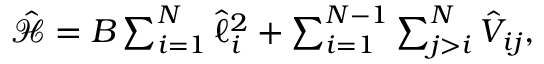
\begin{array} { r } { \hat { \mathcal { H } } = B \sum _ { i = 1 } ^ { N } \hat { \ell } _ { i } ^ { 2 } + \sum _ { i = 1 } ^ { N - 1 } \sum _ { j > i } ^ { N } \hat { V } _ { i j } , } \end{array}